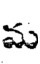
మ